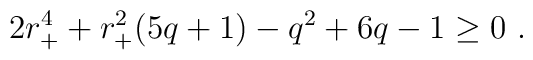
2r_+^4+r_+^2(5q+1)-q^2+6q-1\ge 0 \ .